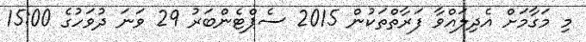
މި މަގާމަށް އެދިލައްވާ ފަރާތްތަކުން 2015 ސެޕްޓެންބަރު 29 ވަނަ ދުވަހުގެ 15:00